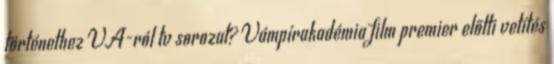
történethez VA-ról tv sorozat? Vámpírakadémia film premier előtti vetítés